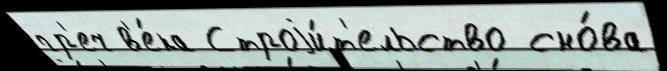
гр'еч в'е́ка Строjи́т'ельство сно́ва